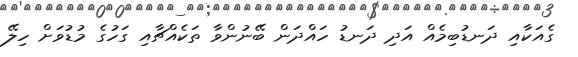
ގެއަކާއި ދަނޑުބިމެއް އަދި ދަނޑު ހައްދަން ބޭނުންވާ ތަކެއްޗާއި ގަހުގެ މުޑުވަށް ހިލޭ